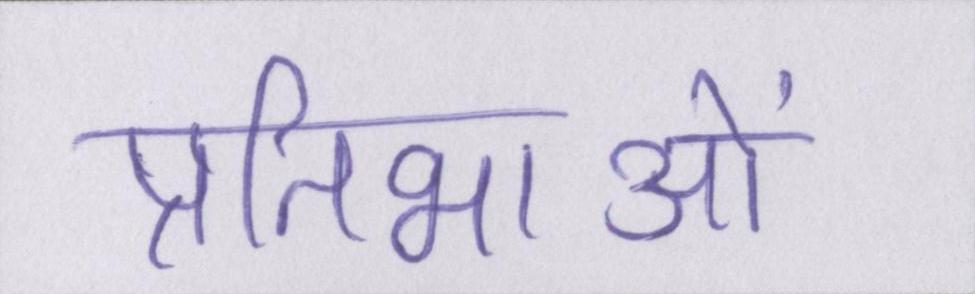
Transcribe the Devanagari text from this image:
प्रतिभाओं